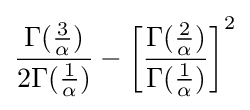
{\frac {\Gamma ({\frac {3}{\alpha }})}{2\Gamma ({\frac {1}{\alpha }})}}-\left[{\frac {\Gamma ({\frac {2}{\alpha }})}{\Gamma ({\frac {1}{\alpha }})}}\right]^{2}